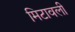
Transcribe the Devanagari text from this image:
मिटावली